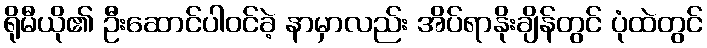
ရိုမီယို၏ ဦးဆောင်ပါဝင်ခဲ့ နာမှာလည်း အိပ်ရာနိုးချိန်တွင် ပုံထဲတွင်